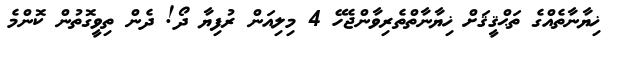
ޚިޔާނާތެއްގެ ތަޙްޤީޤަށް ޚިޔާނާތްތެރިވާންޖެހޭ 4 މިލިއަން ރުފިޔާ ދޯ! ދެން ތިވީގޮތުން ކޮންމެ